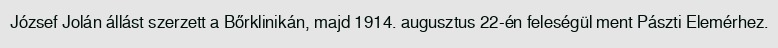
József Jolán állást szerzett a Bőrklinikán, majd 1914. augusztus 22-én feleségül ment Pászti Elemérhez.